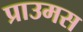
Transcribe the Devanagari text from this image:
प्राउमस